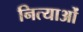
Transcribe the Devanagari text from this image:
नित्याओं